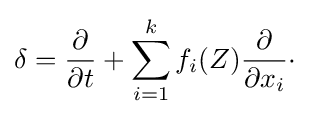
\delta ={\dfrac {\partial }{\partial t}}+\sum _{i=1}^{k}f_{i}(Z){\dfrac {\partial }{\partial x_{i}}}\cdot